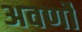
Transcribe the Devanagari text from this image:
अवर्णों